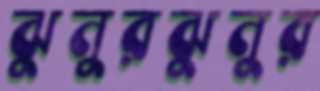
ঝুনুরঝুনুর